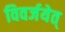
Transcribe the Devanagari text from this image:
विवर्जयेत्